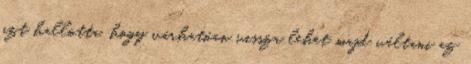
azt hallotta, hogy várhatóan vissza lehet majd váltani az